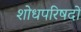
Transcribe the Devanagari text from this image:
शोधपरिषदों